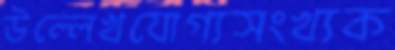
উল্লেখযোগ্যসংখ্যক